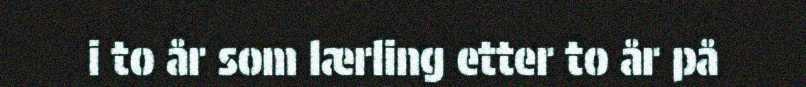
i to år som lærling etter to år på